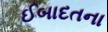
ઈબાદતના